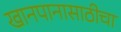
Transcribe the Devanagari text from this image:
खानपानासाठीचा